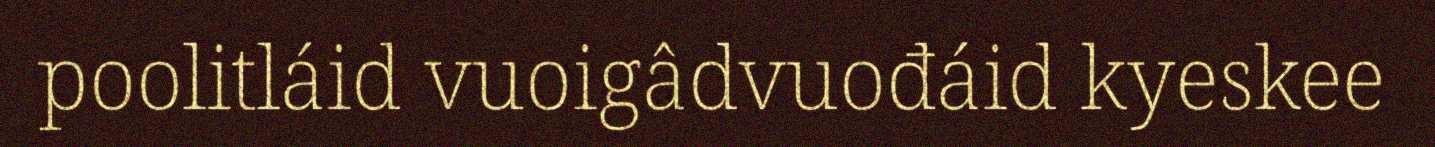
poolitláid vuoigâdvuođáid kyeskee